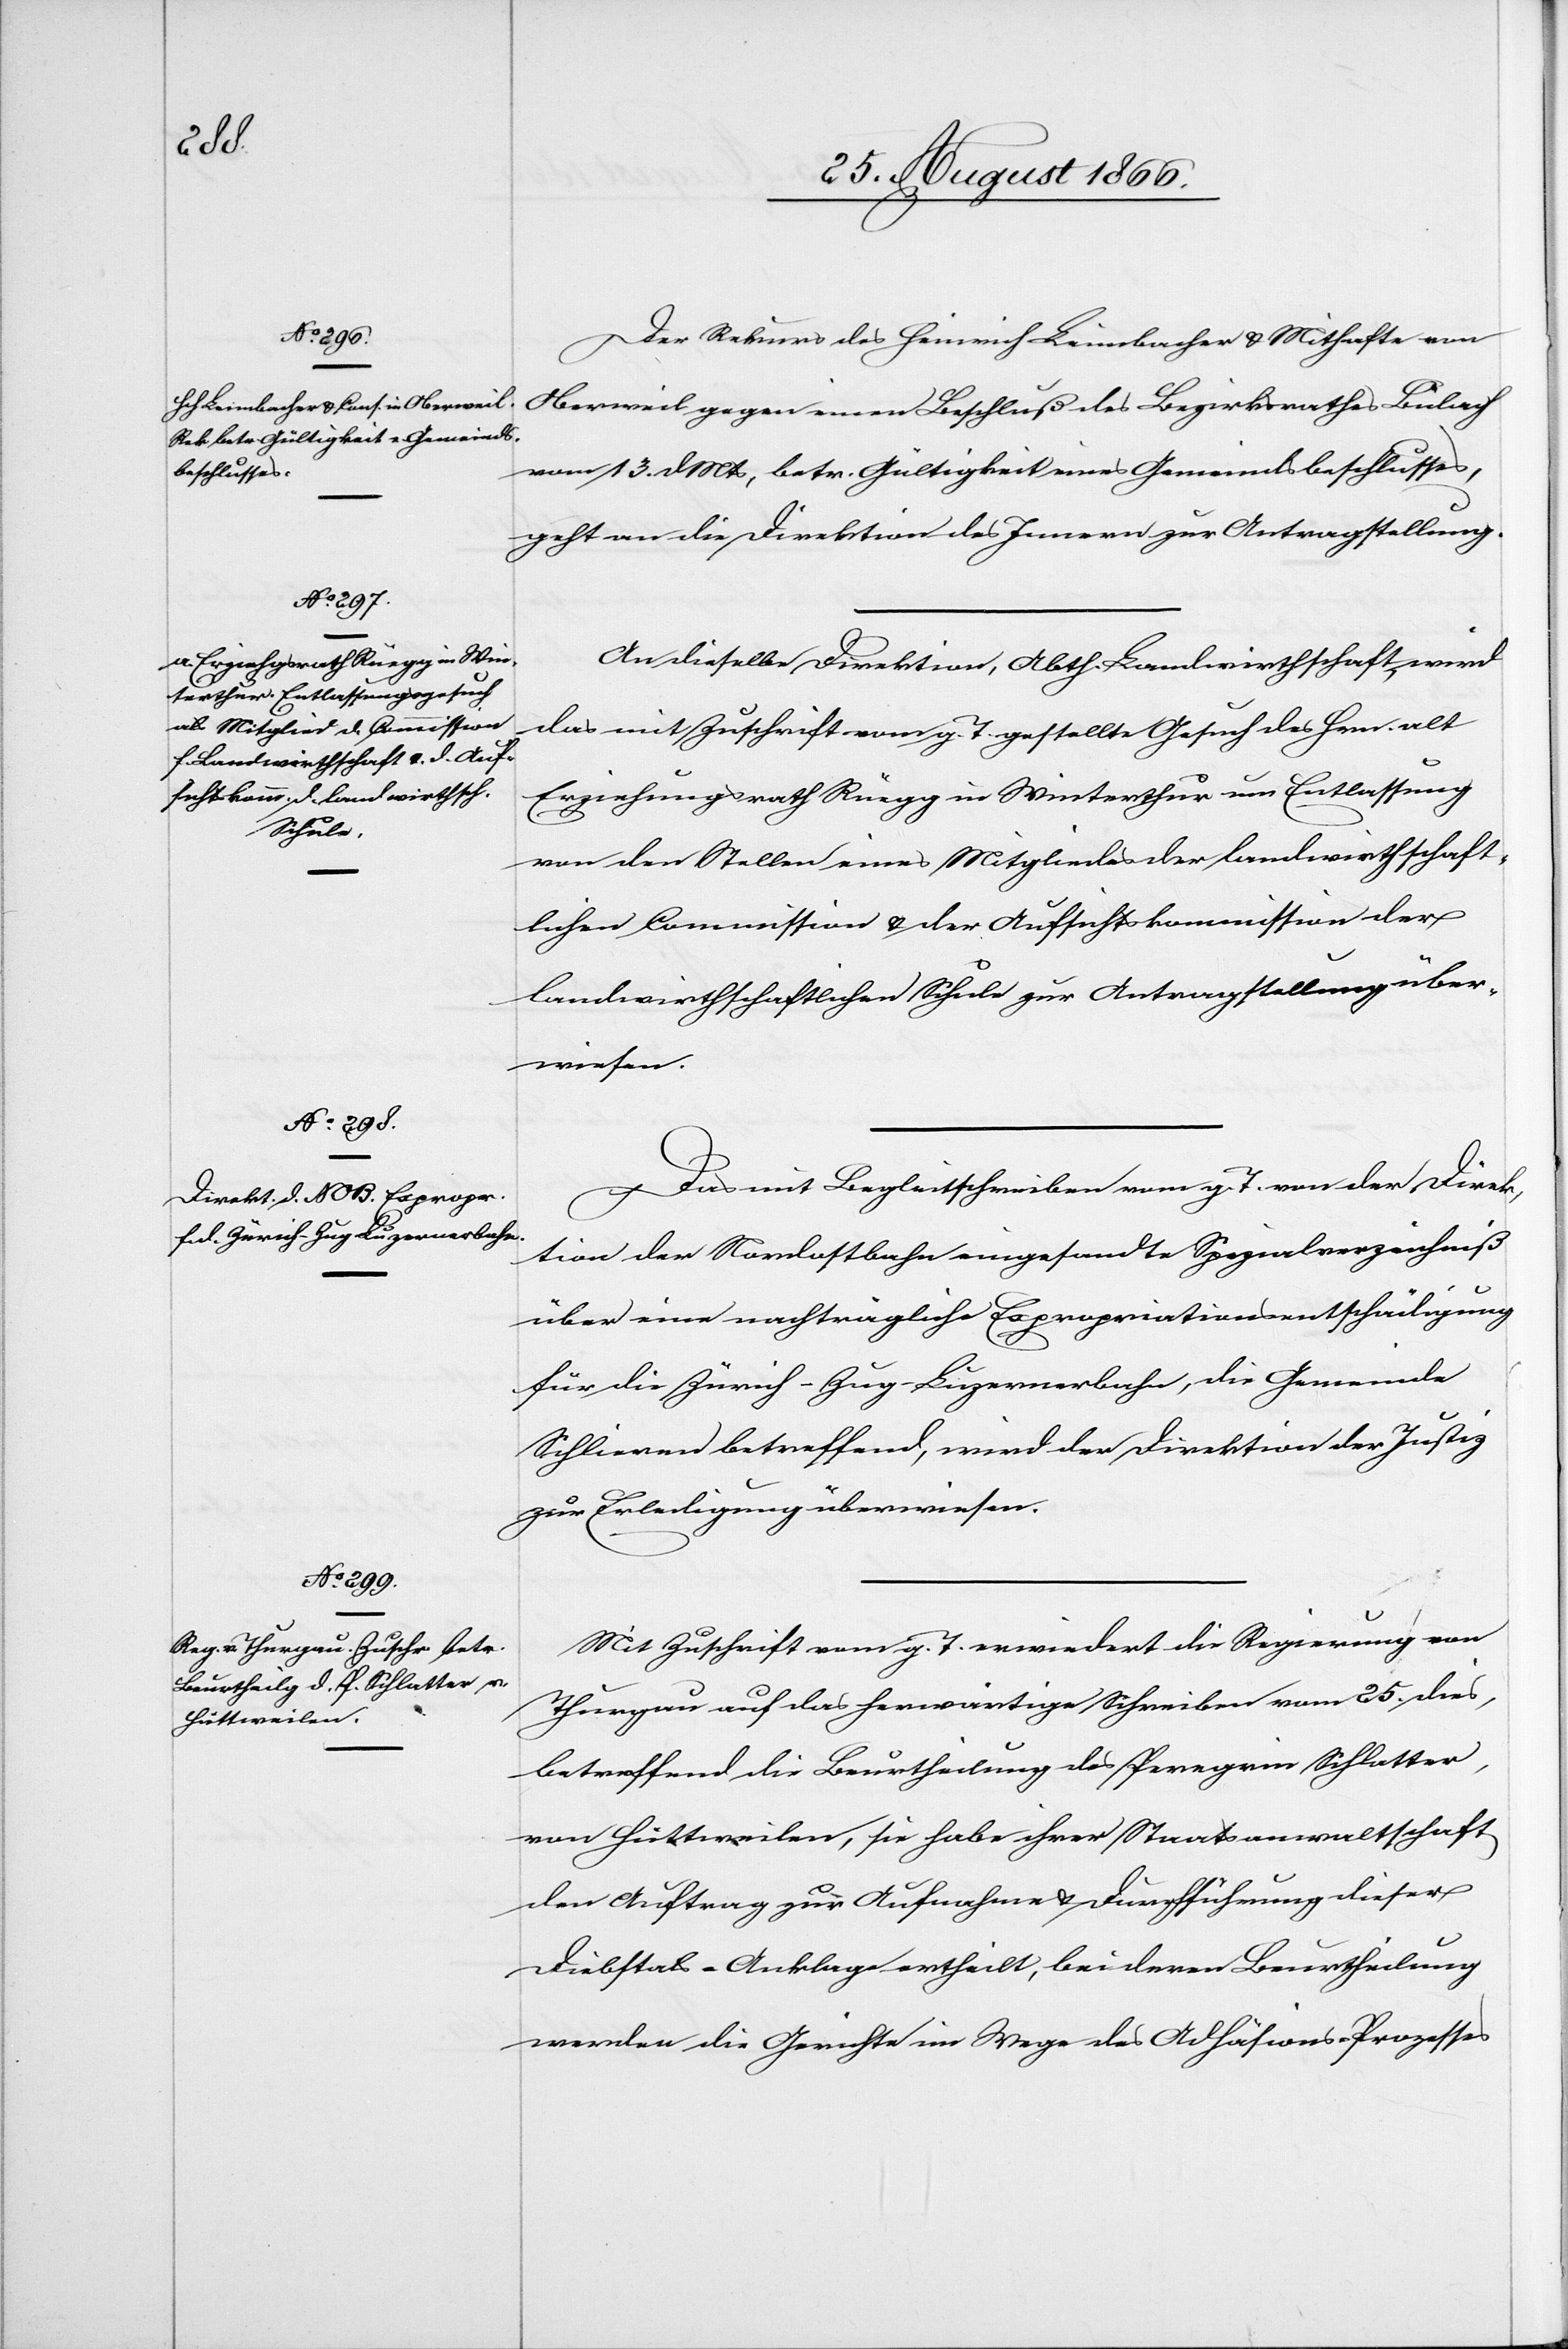
30. August 1866.]
Der Rekurs des Heinrich Leimbacher u. Mithafte von
Oberweil gegen einen Beschluß des Bezirksrathes Bülach
vom 13. dMts, betr. Gültigkeit eines Gemeindsbeschlusses,
geht an die Direktion des Innern zur Antragstellung.
An dieselbe Direktion, Abth. Landwirthschaft, wird
das mit Zuschrift vom g. T. gestellte Gesuch des Hrn. alt
Erziehungsrath Rüegg in Winterthur um Entlassung
von der Stelle eines Mitgliedes der landwirthschaft¬
lichen Commission u. der Aufsichtskommission der
landwirthschaftlichen Schule zur Antragstellung über¬
wiesen.
Das mit Begleitschreiben vom g. T. von der Direk¬
tion der Nordostbahn eingesandte Spezialverzeichniß
über eine nachträgliche Expropriationsentschädigung
für die Zürich–Zug–Luzernerbahn, die Gemeinde
Schlieren betreffend, wird der Direktion der Justiz
zur Erledigung überwiesen.
Mit Zuschrift vom g. T. erwiedert die Regierung von
Thurgau auf das herwärtige Schreiben vom 25. dies,
betreffend die Beurtheilung des Peregrin Schlatter,
von Hüttweilen, sie habe ihrer Staatsanwaltschaft
den Auftrag zur Aufnahme u. Durchführung dieser
Diebstals-Anklage ertheilt, bei deren Beurtheilung
werden die Gerichte im Wege des Adhäsions-Prozesses